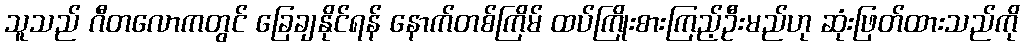
သူသည် ဂီတလောကတွင် ခြေချနိုင်ရန် နောက်တစ်ကြိမ် ထပ်ကြိုးစားကြည့်ဦးမည်ဟု ဆုံးဖြတ်ထားသည်ကို